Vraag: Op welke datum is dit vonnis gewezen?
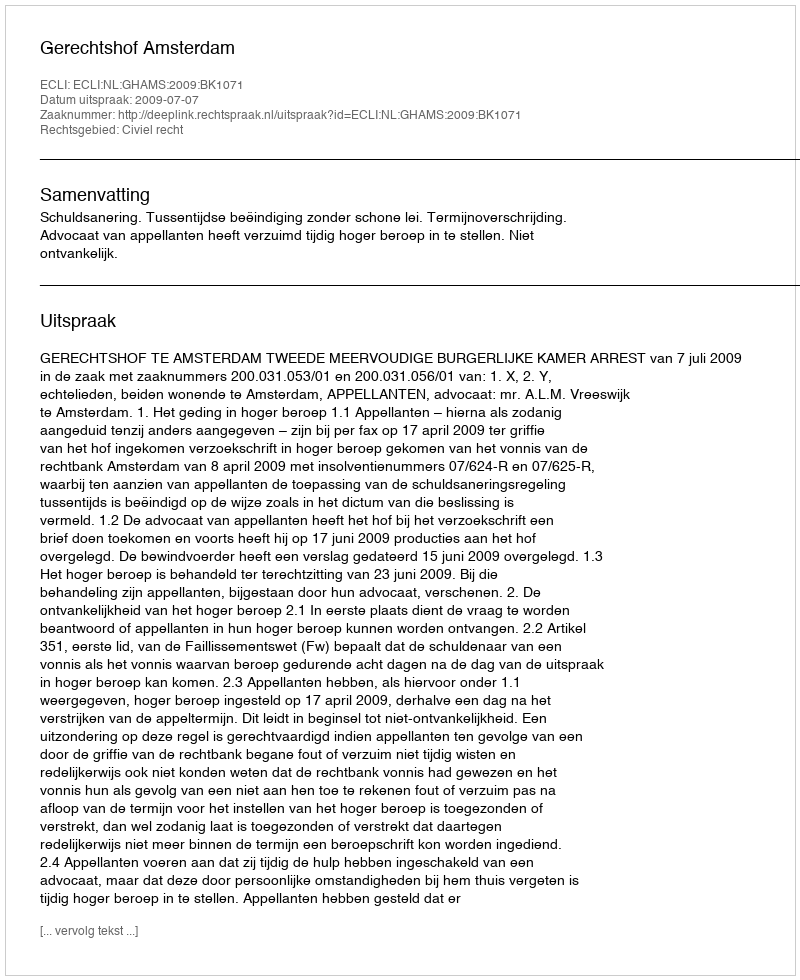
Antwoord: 2009-07-07